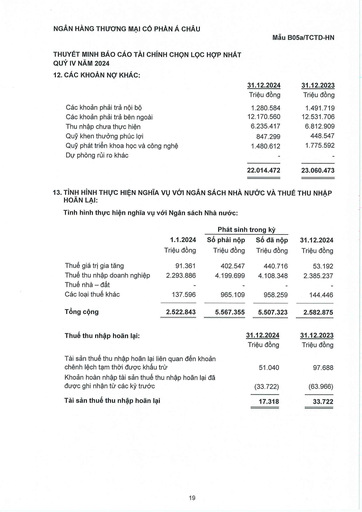
||31.12.2024|31.12.2023| |---|---|---| ||Triệu đồng|Triệu đồng| |Các khoản phải trả nội bộ|1.280.584|1.491.719| |Các khoản phải trả bên ngoài|12.170.560|12.531.706| |Thu nhập chưa thực hiện|6.235.417|6.812.909| |Quỹ khen thưởng phúc lợi|847.299|448.547| |Quỹ phát triển khoa học và công nghệ|1.480.612|1.775.592| |Dự phòng rủi ro khác||| ||22.014.472|23.060.473| |||Phát sinh|trong kỳ|| |---|---|---|---|---| ||1.1.2024|Số phải nộp|Số đã nộp|31.12.2024| ||Triệu đồng|Triệu đồng|Triệu đồng|Triệu đồng| |Thuế giá trị gia tăng|91.361|402.547|440.716|53.192| |Thuế thu nhập doanh nghiệp|2.293.886|4.199.699|4.108.348|2.385.237| |Thuế nhà đất||||| |Các loại thuế khác|137.596|965.109|958.259|144.446| |Tổng cộng|2.522.843|5.567.355|5.507.323|2.582.875| |Thuế thu nhập hoãn lại:|31.12.2024 Triệu đồng|31.12.2023 Triệu đồng| |---|---|---| |Tài sản thuế thu nhập hoãn lại liên quan đến khoản chênh lệch tạm thời được khấu trừ|51.040|97.688| |Khoản hoàn nhập tài sản thuế thu nhập hoãn lại đã được ghi nhận từ các kỳ trước|(33.722)|(63.966)| |Tài sản thuế thu nhập hoãn lại|17.318|33.722|